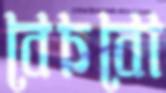
বেচবো